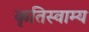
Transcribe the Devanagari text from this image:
कृतिस्वाम्य